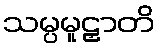
သမ္ပမူဠှာတိ